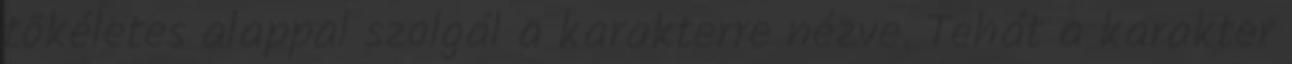
tökéletes alappal szolgál a karakterre nézve. Tehát a karakter